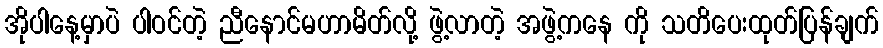
အိုပါနေ့မှာပဲ ပါဝင်တဲ့ ညီနောင်မဟာမိတ်လို့ ဖွဲ့လာတဲ့ အဖွဲ့ကနေ ကို သတိပေးထုတ်ပြန်ချက်